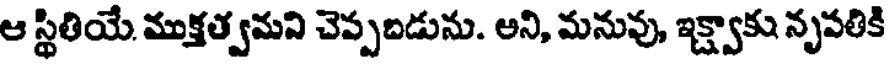
ఆ స్థితియే. ముక్తత్వమని చెప్పబడును. అని, మనువు, ఇక్ష్వాకు నృపతికి